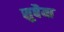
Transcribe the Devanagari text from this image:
सुबैया